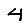
Digit: 4